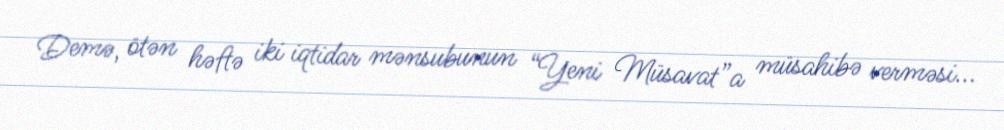
Demə, ötən həftə iki iqtidar mənsubunun “Yeni Müsavat”a müsahibə verməsi...